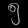
Digit: ၅